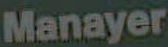
Manayer